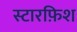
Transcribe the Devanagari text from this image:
स्टारफ़िश